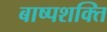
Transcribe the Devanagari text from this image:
बाष्पशक्ति